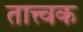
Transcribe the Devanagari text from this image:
तात्त्वक